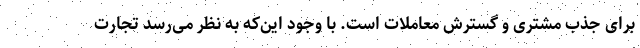
برای جذب مشتری و گسترش معاملات است. با وجود این‌که به نظر می‌رسد تجارت